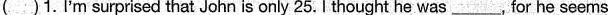
()1. I'm surprised that John is only 25. I thought he was___, for he seems